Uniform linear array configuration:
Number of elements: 48
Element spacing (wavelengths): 1
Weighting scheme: hamming
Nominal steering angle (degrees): -30
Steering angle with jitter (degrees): -28.876
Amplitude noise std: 0.05
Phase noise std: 0.05

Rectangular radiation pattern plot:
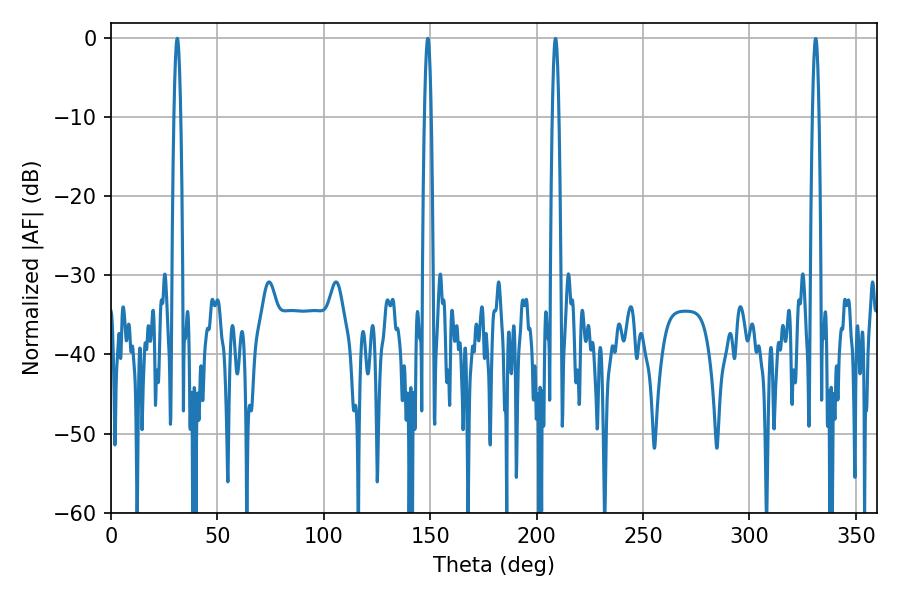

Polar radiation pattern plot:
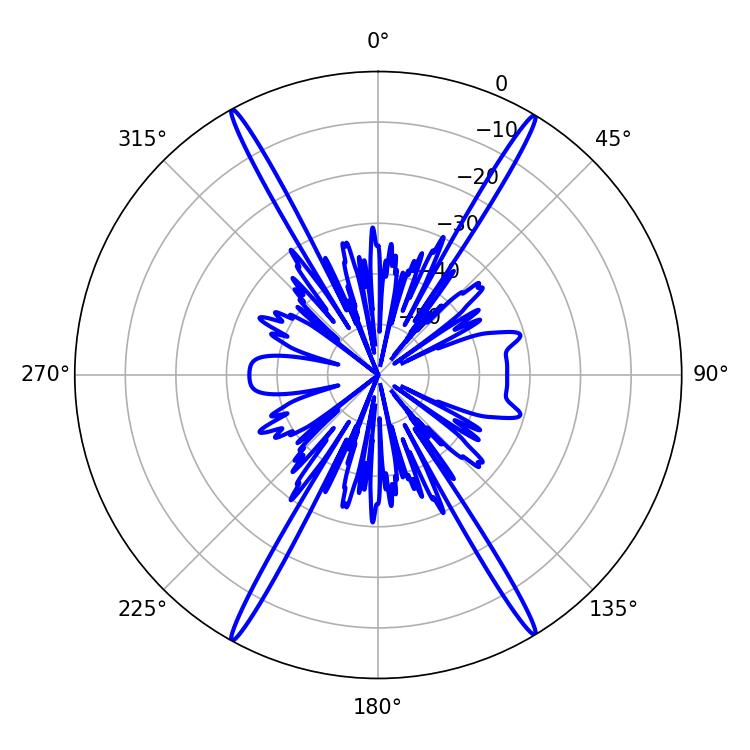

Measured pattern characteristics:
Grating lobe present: TRUE
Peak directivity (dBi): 27.958
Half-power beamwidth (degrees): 1.8
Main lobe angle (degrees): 31.14